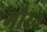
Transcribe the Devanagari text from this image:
मौरन